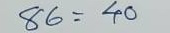
86 = 40